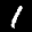
Label: 1